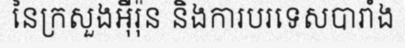
នៃក្រសួងអ៊ឺរ៉ុន និងការបរទេសបារាំង